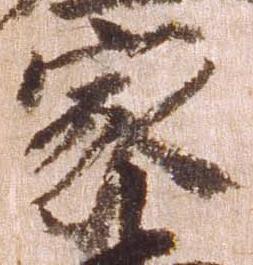
家